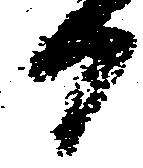
日